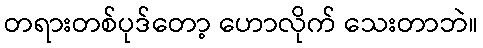
တရားတစ်ပုဒ်တော့ ဟောလိုက် သေးတာဘဲ။